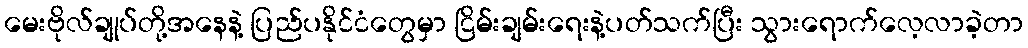
မေးဗိုလ်ချုပ်တို့အနေနဲ့ ပြည်ပနိုင်ငံတွေမှာ ငြိမ်းချမ်းရေးနဲ့ပတ်သက်ပြီး သွားရောက်လေ့လာခဲ့တာ